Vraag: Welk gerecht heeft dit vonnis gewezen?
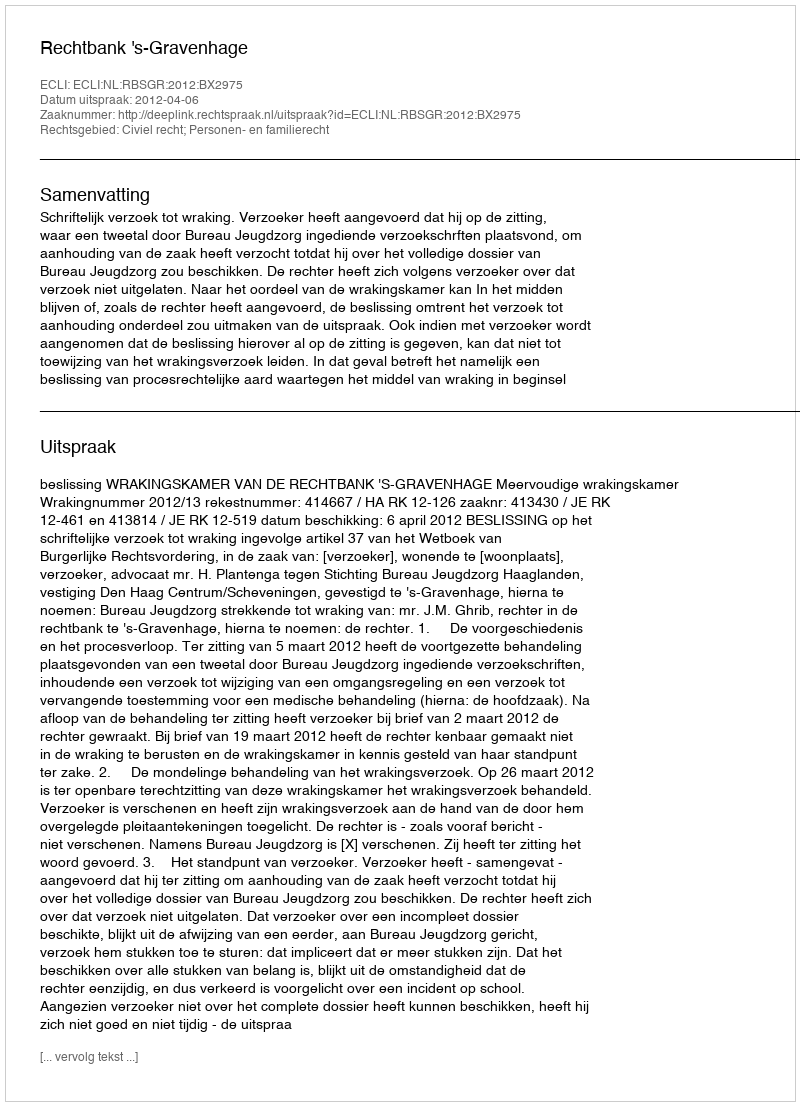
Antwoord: Rechtbank 's-Gravenhage